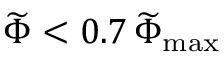
\widetilde { \Phi } < 0 . 7 \, \widetilde { \Phi } _ { \mathrm { m a x } }